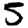
Digit: 5